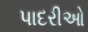
પાદરીઓ